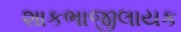
શાકભાજીલાયક